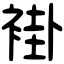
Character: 褂